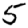
Digit: 5